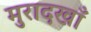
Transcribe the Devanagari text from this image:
मुरादखाँ